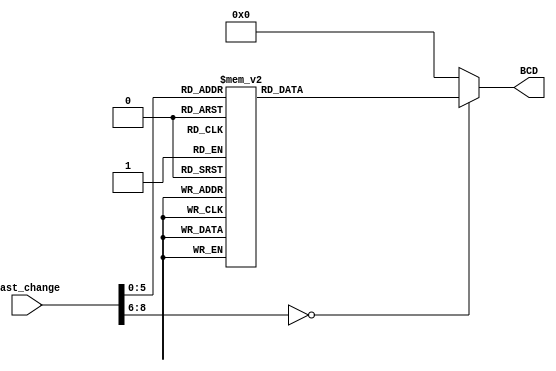
`timescale 1ns / 1ps
//////////////////////////////////////////////////////////////////////////////////
// Company: 
// Engineer: 
// 
// Design Name: 
// Module Name: Hexa_deci
// Project Name: 
// Target Devices: 
// Tool Versions: 
// Description: 
// 
// Dependencies: 
// 
// Revision:
// Revision 0.01 - File Created
// Additional Comments:
// 
//////////////////////////////////////////////////////////////////////////////////


module Hexa_deci(
    input [8:0] last_change,
    output reg [3:0] BCD
    );
    
    
     always@*
       begin
           case(last_change)
               8'H15 : BCD = 4'd1;
               8'H1D : BCD = 4'd2;
               8'H24 : BCD = 4'd3;
               8'H2D : BCD = 4'd4;
               8'H2C : BCD = 4'd5;
               8'H35 : BCD = 4'd6;
               8'H3C : BCD = 4'd7;
               8'H1C : BCD = 4'd8;
               8'H1B : BCD = 4'd9;
               8'H23 : BCD = 4'd10;
               8'H2B : BCD = 4'd11;
               8'H34 : BCD = 4'd12;
               8'H33 : BCD = 4'd13;
               8'H3B : BCD = 4'd14;
               default
               BCD = 4'd0;
            endcase
        end
endmodule